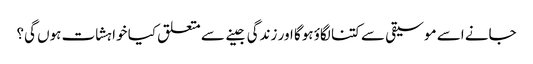
جانے اسے موسیقی سے کتنا لگاؤ ہوگا اور زندگی جینے سے متعلق کیا خواہشات ہوں گی؟